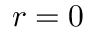
r = 0